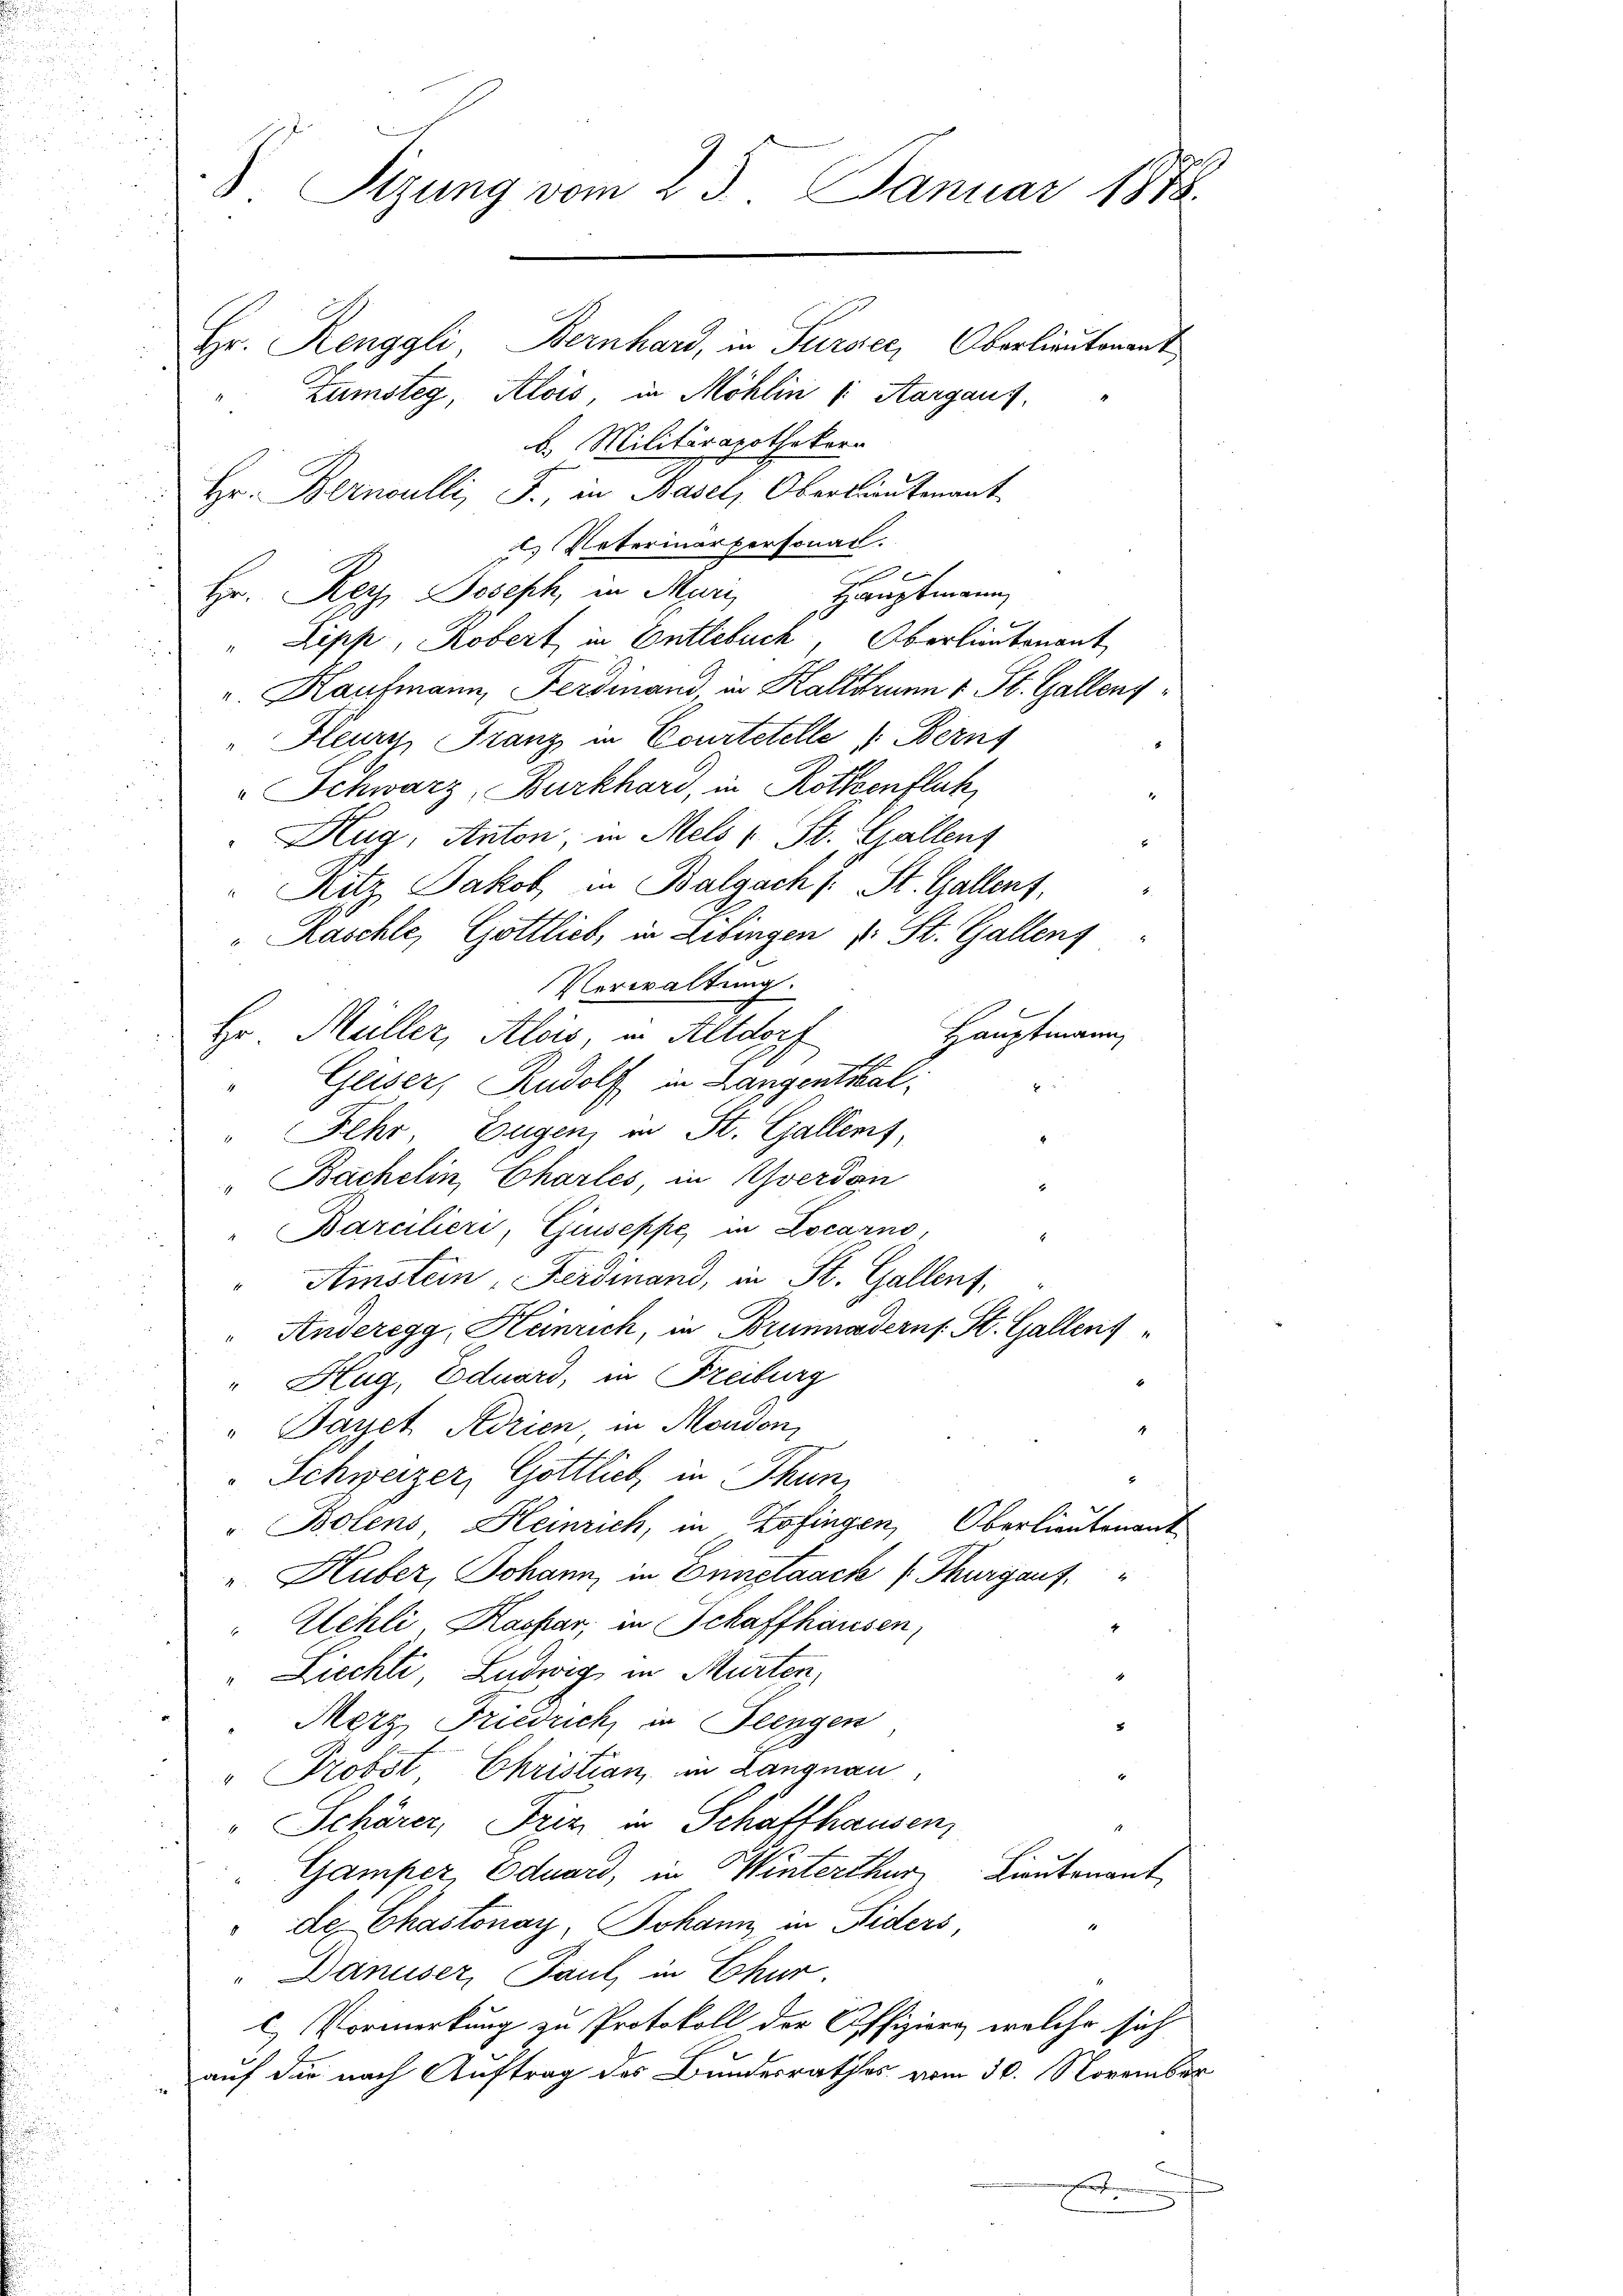
Sizung vom 25. Januar 1888.

Hr. Renggli, Bernhard, in Sursee, Oberlieutenant
Zumsteg, Alois, in Möhlin /: Aargaus,
b. Militärapothekern
Hr. Bernoulli, F., in Basel, Oberlieutenant
. Noterinärpersonal.

Hauptmann
Hr. Rez, Joseph, in Mari
" Lipp, Robert in Entlebuch, Oberlieutenant
" Kaufmann, Ferdinand in Kaltbrunn 1 St. Galleny¬
"Fleury, Franz in Courtetelle : Berns
Schwarz, Burkhard, in Rottenfluh,
Hug, Anton in Mels 1 St. Gallent
"Ritz Jakob in Balgach /: St. Gallent,
Raschle, Gottlieb, in Lebingen v. St. Gallen
Verwaltung.
Hauptmann
Hr. Müller, Alois, in Altdorf
"Geiser, Rudolf in Langenthal¬
"Fehr Eugen, in St. Gallens,
8
" Bächelin, Charles, in Yverdon
Barcilieri, Giuseppe in Locarno,
" Amstein, Ferdinand, in St. Gallenz,
"Anderegg, Heinrich, in Brunnodern St. Gallens
" Hug, Eduard, in Freiburg
"Dayet Adrien, in Mondon,
Schweizer, Gottlich, in Thun
" Botens, Heinrich, in Zofingen, Oberlieutenant
". Huber, Johann, in Einstaack ( Thurgauf
Elchli Kaspar, in Schaffhausen,
"Liechte Ludwig in Murten,
Merz, Friedrich, in Feingen
" Probst Christian, in Langnau
" Schärer, Trini in Schaffhausen,
Gamper, Eduard, in Winterthur Lieutenant
de Chastonay, Johann in Fiders,
Danuser, Paul in Chur.
l) Vormerkung zu Protokoll der Offizierg, welche sich
auf die nach Auftrag des Bundesrathes vom 30. November
n